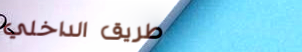
طريق الداخلي